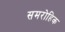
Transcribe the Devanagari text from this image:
समरोहिक